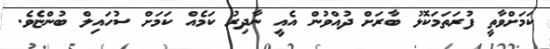
ކަމަށްވާތީ ފުރަތަމަކޮޅު ބާރަށް ދުއްވުން އެއީ ނާދިރު ކަމެއް ކަމަށް ސުހައިލް ބުންޏެވެ.